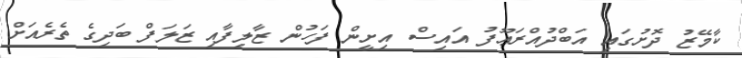
ކާމޭޒު ދޮށުގައި އަބްދުއްރަޢޫފު އައިސް އިށީން ފަހުން ޒާލިފާއި ޒަލަފް ބަދިގެ ތެރެއަށް